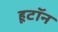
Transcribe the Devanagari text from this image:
हूटॉन